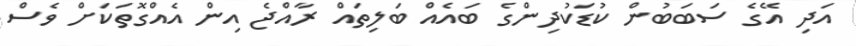
އަދި އޭގެ ސަބަބުން ކުޑަކުދިންގެ ބައެއް ބަލިތައް ރާއްޖެ އިން އެއްގޮތަކަށް ވެސް